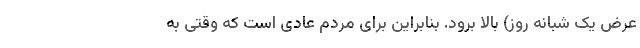
عرض یک شبانه روز) بالا برود. بنابراین برای مردم عادی است که وقتی به